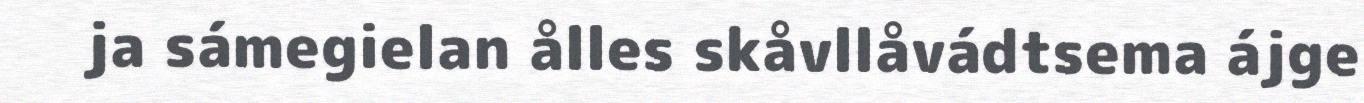
ja sámegielan ålles skåvllåvádtsema ájge